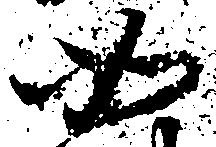
如